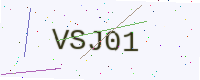
Text: VSJ01